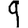
Digit: 9